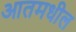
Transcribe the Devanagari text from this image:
आतमधील